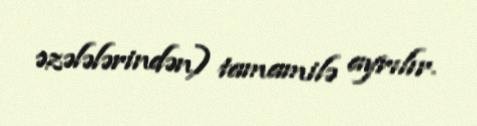
əzələlərindən) tamamilə ayrılır.